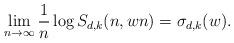
LaTeX: \begin{align*} \lim_{n \to \infty} \frac{1}{n} \log S_{d,k}(n, wn) = \sigma_{d,k}(w) .\end{align*}